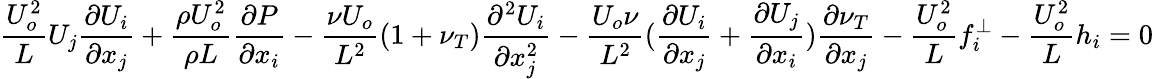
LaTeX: \frac{U_{o}^{2}}{L}U_{j}\frac{\partial U_{i}}{\partial x_{j}}+\frac{\rho U_{o}^{2}}{\rho L}\frac{\partial P}{\partial x_{i}}-\frac{\nu U_{o}}{L^{2}}(1+\nu_{T})\frac{\partial^{2}U_{i}}{\partial x_{j}^{2}}-\frac{U_{o}\nu}{L^{2}}(\frac{\partial U_{i}}{\partial x_{j}}+\frac{\partial U_{j}}{\partial x_{i}})\frac{\partial\nu_{T}}{\partial x_{j}}-\frac{U_{o}^{2}}{L}f_{i}^{\perp}-\frac{U_{o}^{2}}{L}h_{i}=0